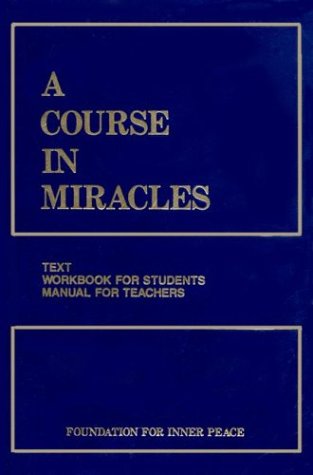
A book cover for A Course in Miracles, Combined Volume: Text, Workbook for Students, Manual for Teachers, 2nd Edition; Foundation For Inner Peace; Religion & Spirituality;